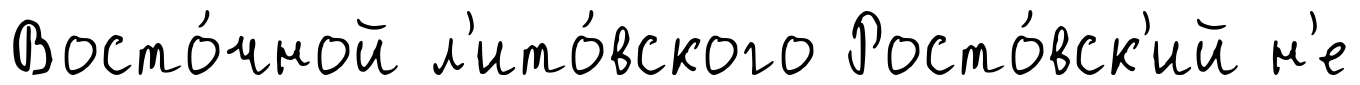
Восто́чной л'ито́вского Росто́вск'ий н'е